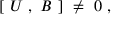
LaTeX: [ \ U \ , \ B \ ] \ \ne \ 0 \ ,